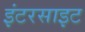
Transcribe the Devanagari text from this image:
इंटरसाइट